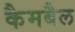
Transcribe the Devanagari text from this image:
कैमबैल